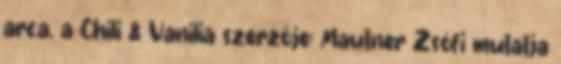
arca, a Chili & Vanilia szerzője: Mautner Zsófi mutatja